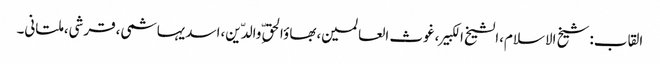
القاب:شیخ الاسلام،الشیخ الکبیر،غوث العالمین،بھاؤالحق ِّوالدّین،اسدیہاشمی،قرشی،ملتانی۔